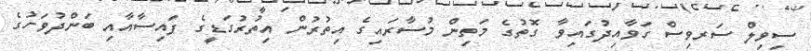
ސިވިލް ސަރވިސް ގަވާއިދުގައިވާ ގޮތުގެ މަތިން މުސާރައިގެ އިތުރުން އިތުރުގަޑީގެ ފައިސާއާއި ބަންދުވަހުގެ